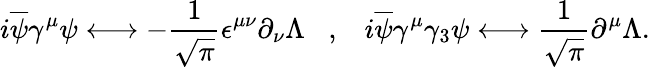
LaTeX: i\overline{{{\psi}}}\gamma^{\mu}\psi\longleftrightarrow-\frac{1}{\sqrt{\pi}}\epsilon^{\mu\nu}\partial_{\nu}\Lambda\; \; \; ,\; \; \; i\overline{{{\psi}}}\gamma^{\mu}\gamma_{3}\psi\longleftrightarrow\frac{1}{\sqrt{\pi}}\partial^{\mu}\Lambda.